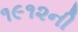
૧૯૧૨ની